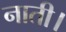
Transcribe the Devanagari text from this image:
नाती।